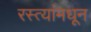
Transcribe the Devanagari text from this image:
रस्त्यांमधून